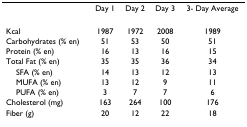
<table><thead><tr><td></td><td><b>Day 1</b></td><td><b>Day 2</b></td><td><b>Day 3</b></td><td><b>3- Day Average</b></td></tr></thead><tbody><tr><td>Kcal</td><td>1987</td><td>1972</td><td>2008</td><td>1989</td></tr><tr><td>Carbohydrates (% en)</td><td>51</td><td>53</td><td>50</td><td>51</td></tr><tr><td>Protein (% en)</td><td>16</td><td>13</td><td>16</td><td>15</td></tr><tr><td>Total Fat (% en)</td><td>35</td><td>35</td><td>36</td><td>34</td></tr><tr><td> SFA (% en)</td><td>14</td><td>13</td><td>12</td><td>13</td></tr><tr><td> MUFA (% en)</td><td>13</td><td>12</td><td>9</td><td>11</td></tr><tr><td> PUFA (% en)</td><td>3</td><td>7</td><td>7</td><td>6</td></tr><tr><td>Cholesterol (mg)</td><td>163</td><td>264</td><td>100</td><td>176</td></tr><tr><td>Fiber (g)</td><td>20</td><td>12</td><td>22</td><td>18</td></tr></tbody></table>